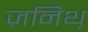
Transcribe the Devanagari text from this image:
ज़निथ़